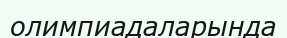
олимпиадаларында